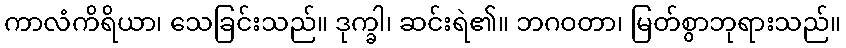
ကာလံကိရိယာ၊ သေခြင်းသည်။ ဒုက္ခါ၊ ဆင်းရဲ၏။ ဘဂဝတာ၊ မြတ်စွာဘုရားသည်။